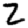
Digit: 2